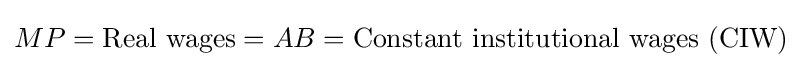
MP={\text{Real wages}}=AB={\text{Constant institutional wages (CIW)}}